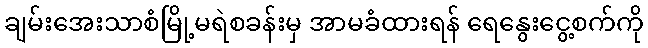
ချမ်းအေးသာစံမြို့မရဲစခန်းမှ အာမခံထားရန် ရေနွေးငွေ့စက်ကို